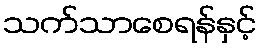
သက်သာစေရန်နှင့်